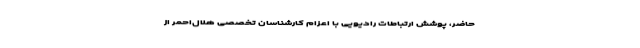
حاضر، پوشش ارتباطات رادیویی با اعزام کارشناسان تخصصی هلال‌احمر از